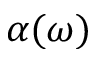
\alpha ( \omega )